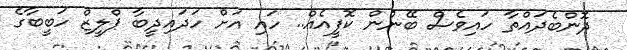
ދޮންބެދައްތާ ހައިވެސް ބޭނުން ކޮފީއެއް.. ހައި އަށް ހަދައިދީބާ ޕްލީޒް ހަބީބާގެ